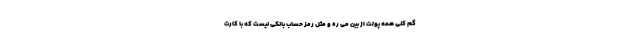
گم کنی همه پولت از بین می ره و مثل رمز حساب بانکی نیست که با کارت